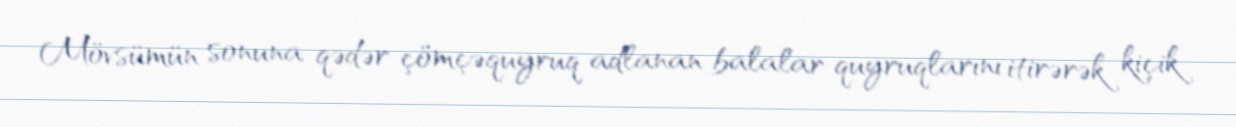
Mövsümün sonuna qədər çömçəquyruq adlanan balalar quyruqlarını itirərək kiçik